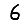
Digit: 6